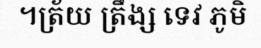
។ត្រ័យ ត្រឹង្ស ទេវ ភូមិ